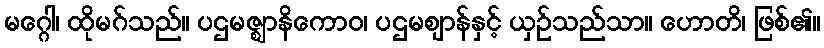
မဂ္ဂေါ၊ ထိုမဂ်သည်။ ပဌမဇ္ဈာနိကောဝ၊ ပဌမဈာန်နှင့် ယှဉ်သည်သာ။ ဟောတိ၊ ဖြစ်၏။